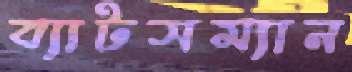
ব্যাটসম্যান